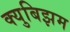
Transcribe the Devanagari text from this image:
क्युबिझम